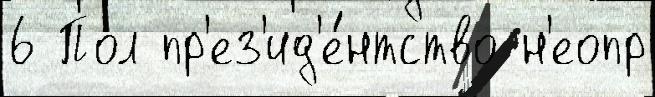
6 Пол пр'ез'ид'е́нтство н'еопр